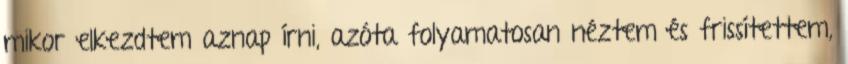
mikor elkezdtem aznap írni, azóta folyamatosan néztem és frissítettem,